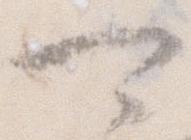
可